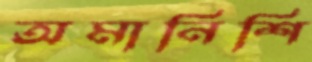
অমানিশি